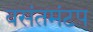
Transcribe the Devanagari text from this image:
वसंतमंटप